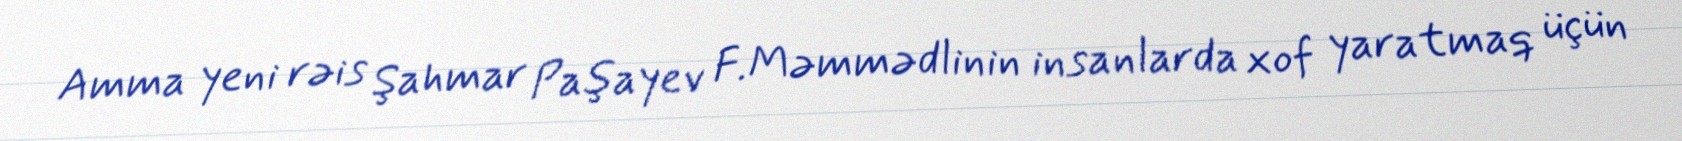
Amma yeni rəis Şahmar Paşayev F.Məmmədlinin insanlarda xof yaratmaq üçün